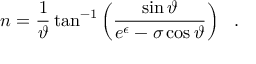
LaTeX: n = \frac { 1 } { \vartheta } \tan ^ { - 1 } \left( \frac { \sin \vartheta } { e ^ { \epsilon } - \sigma \cos \vartheta } \right) \ \ .